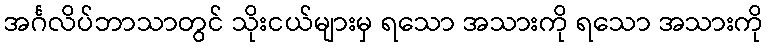
အင်္ဂလိပ်ဘာသာတွင် သိုးငယ်များမှ ရသော အသားကို ရသော အသားကို